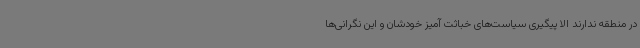
در منطقه ندارند الا پیگیری سیاست‌های خباثت آمیز خودشان و این نگرانی‌ها